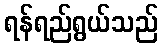
ရန်ရည်ရွယ်သည်